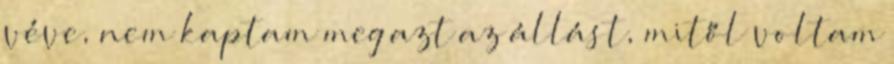
véve, nem kaptam meg azt az állást, mitől voltam